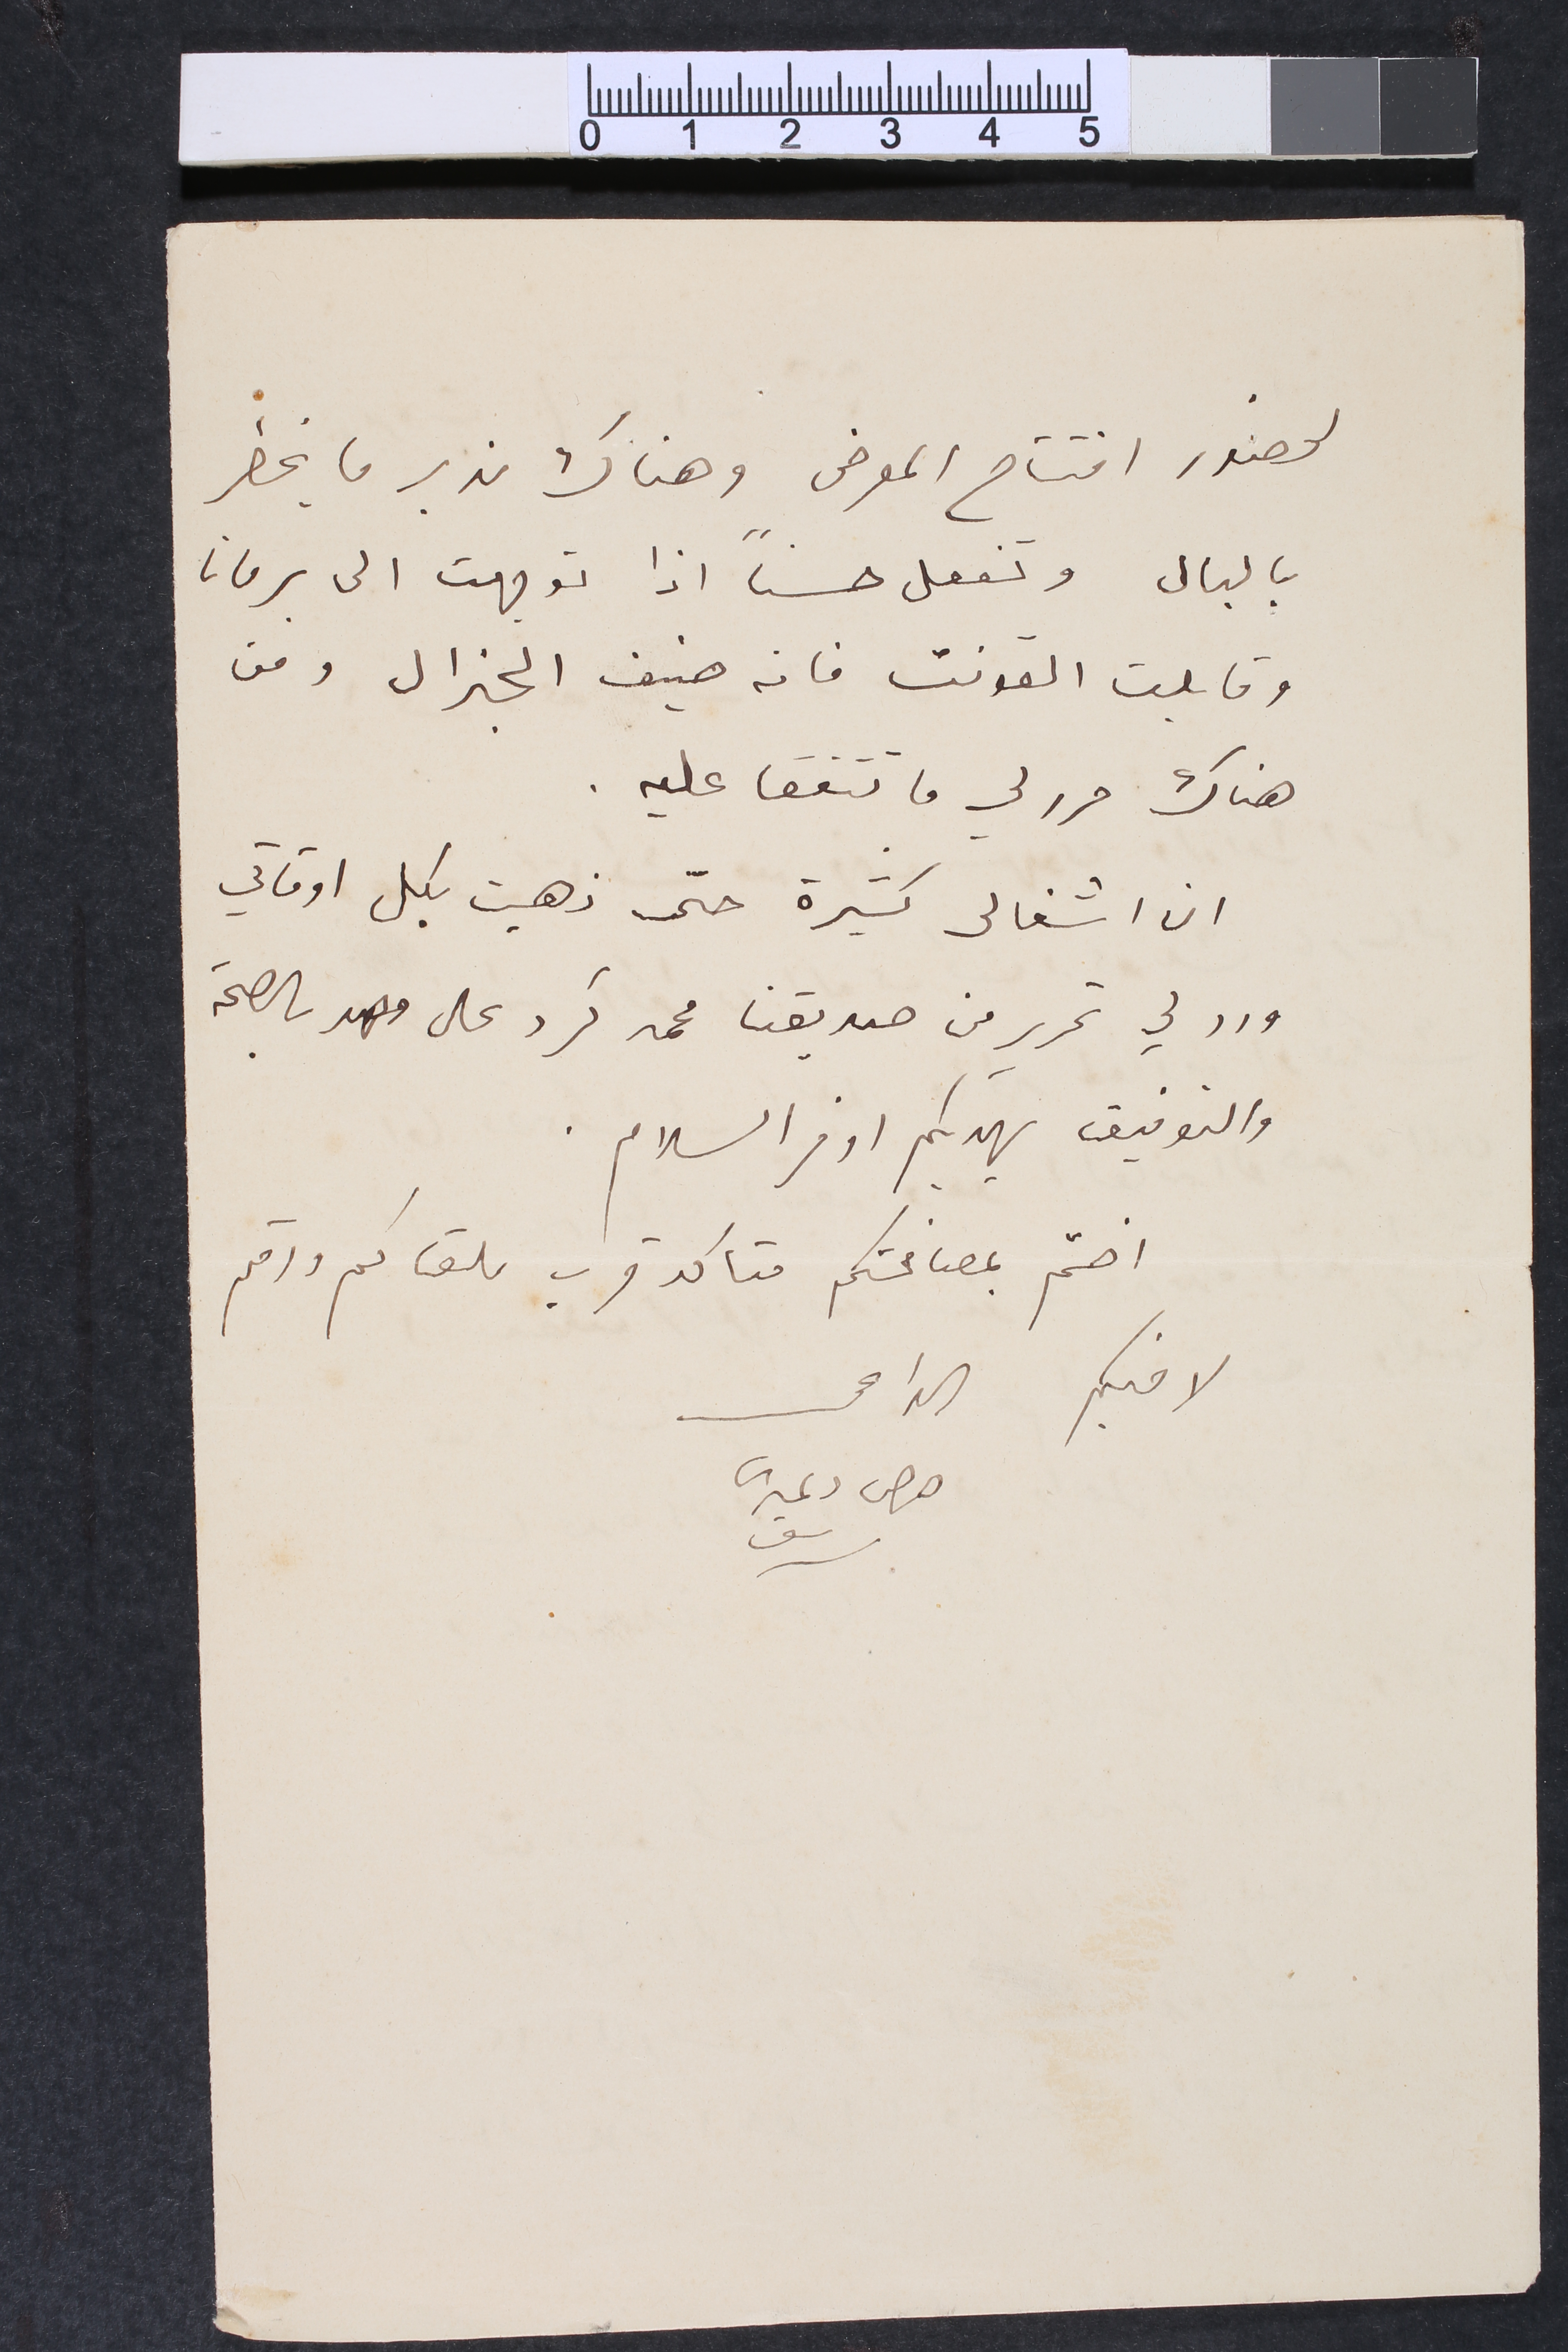
لحضور افتتاح المعرض وهناك ندبر ما يخطر
بالبال وتفعل حسناً اذا توجهت الى برمانا
وقابلت القونت فانه ضيف الجنرال ومن
هناك حرر لي ما تتفقا عليه.
ان اشغالى كثيرة حتى ذهبت بكل اوقاتي
ورد لي تحرير من صديقنا محمد كرد على وهو بالصحة
والتوفيق يهديكم اوفر السلام.
اختم بمصافحتكم متاكد قرب ملقاكم ودمتم
لاخيكم الداعى	جرجي دمتري سرسق